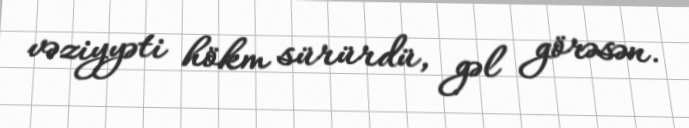
vəziyyəti hökm sürürdü, gəl görəsən.